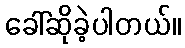
ခေါ်ဆိုခဲ့ပါတယ်။